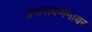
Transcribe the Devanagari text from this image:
प्रवासवर्णनावर